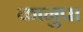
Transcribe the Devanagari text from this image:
कानुपा